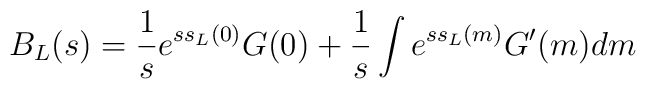
B_L(s)=\frac{1}{s}e^{ss_L(0)}G(0)+\frac{1}{s}\int e^{ss_L(m)}G^{\prime}(m)dm